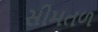
સીમતળ